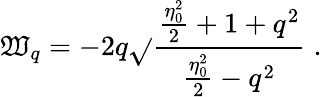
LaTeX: {\cal{\mathfrak{W}}}_{q}=-2q\sqrt{}{{\frac{{{\frac{{\eta_{0}^{2}}}{{2}}}+1+q^{2}}}{{{\frac{{\eta_{0}^{2}}}{{2}}}-q^{2}}}}}\; .